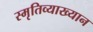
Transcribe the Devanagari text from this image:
स्मृतिव्याख्यान